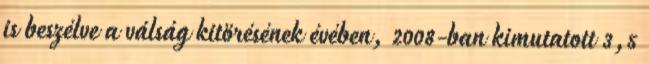
is beszélve a válság kitörésének évében, 2008-ban kimutatott 3,5